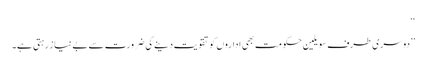
‘‘
’’دوسری طرف سویلین حکومت بھی اداروں کو تقویت دینے کی ضرورت سے بے نیاز رہتی ہے۔